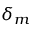
\delta _ { m }